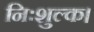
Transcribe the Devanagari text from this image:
निःशुल्क।